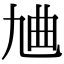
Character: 𪜔